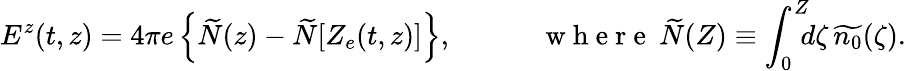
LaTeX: E^{z}(t,z)=4\pi e\left\{ \widetilde{N}(z)-\widetilde{N}[Z_{e}(t,z)]\right\} ,\quad\qquad\mathrm{~w~h~e~r~e~}\: \widetilde{N}(Z)\equiv\int_{0}^{Z}\! \! \! d\zeta\, \widetilde{n_{0}}(\zeta).